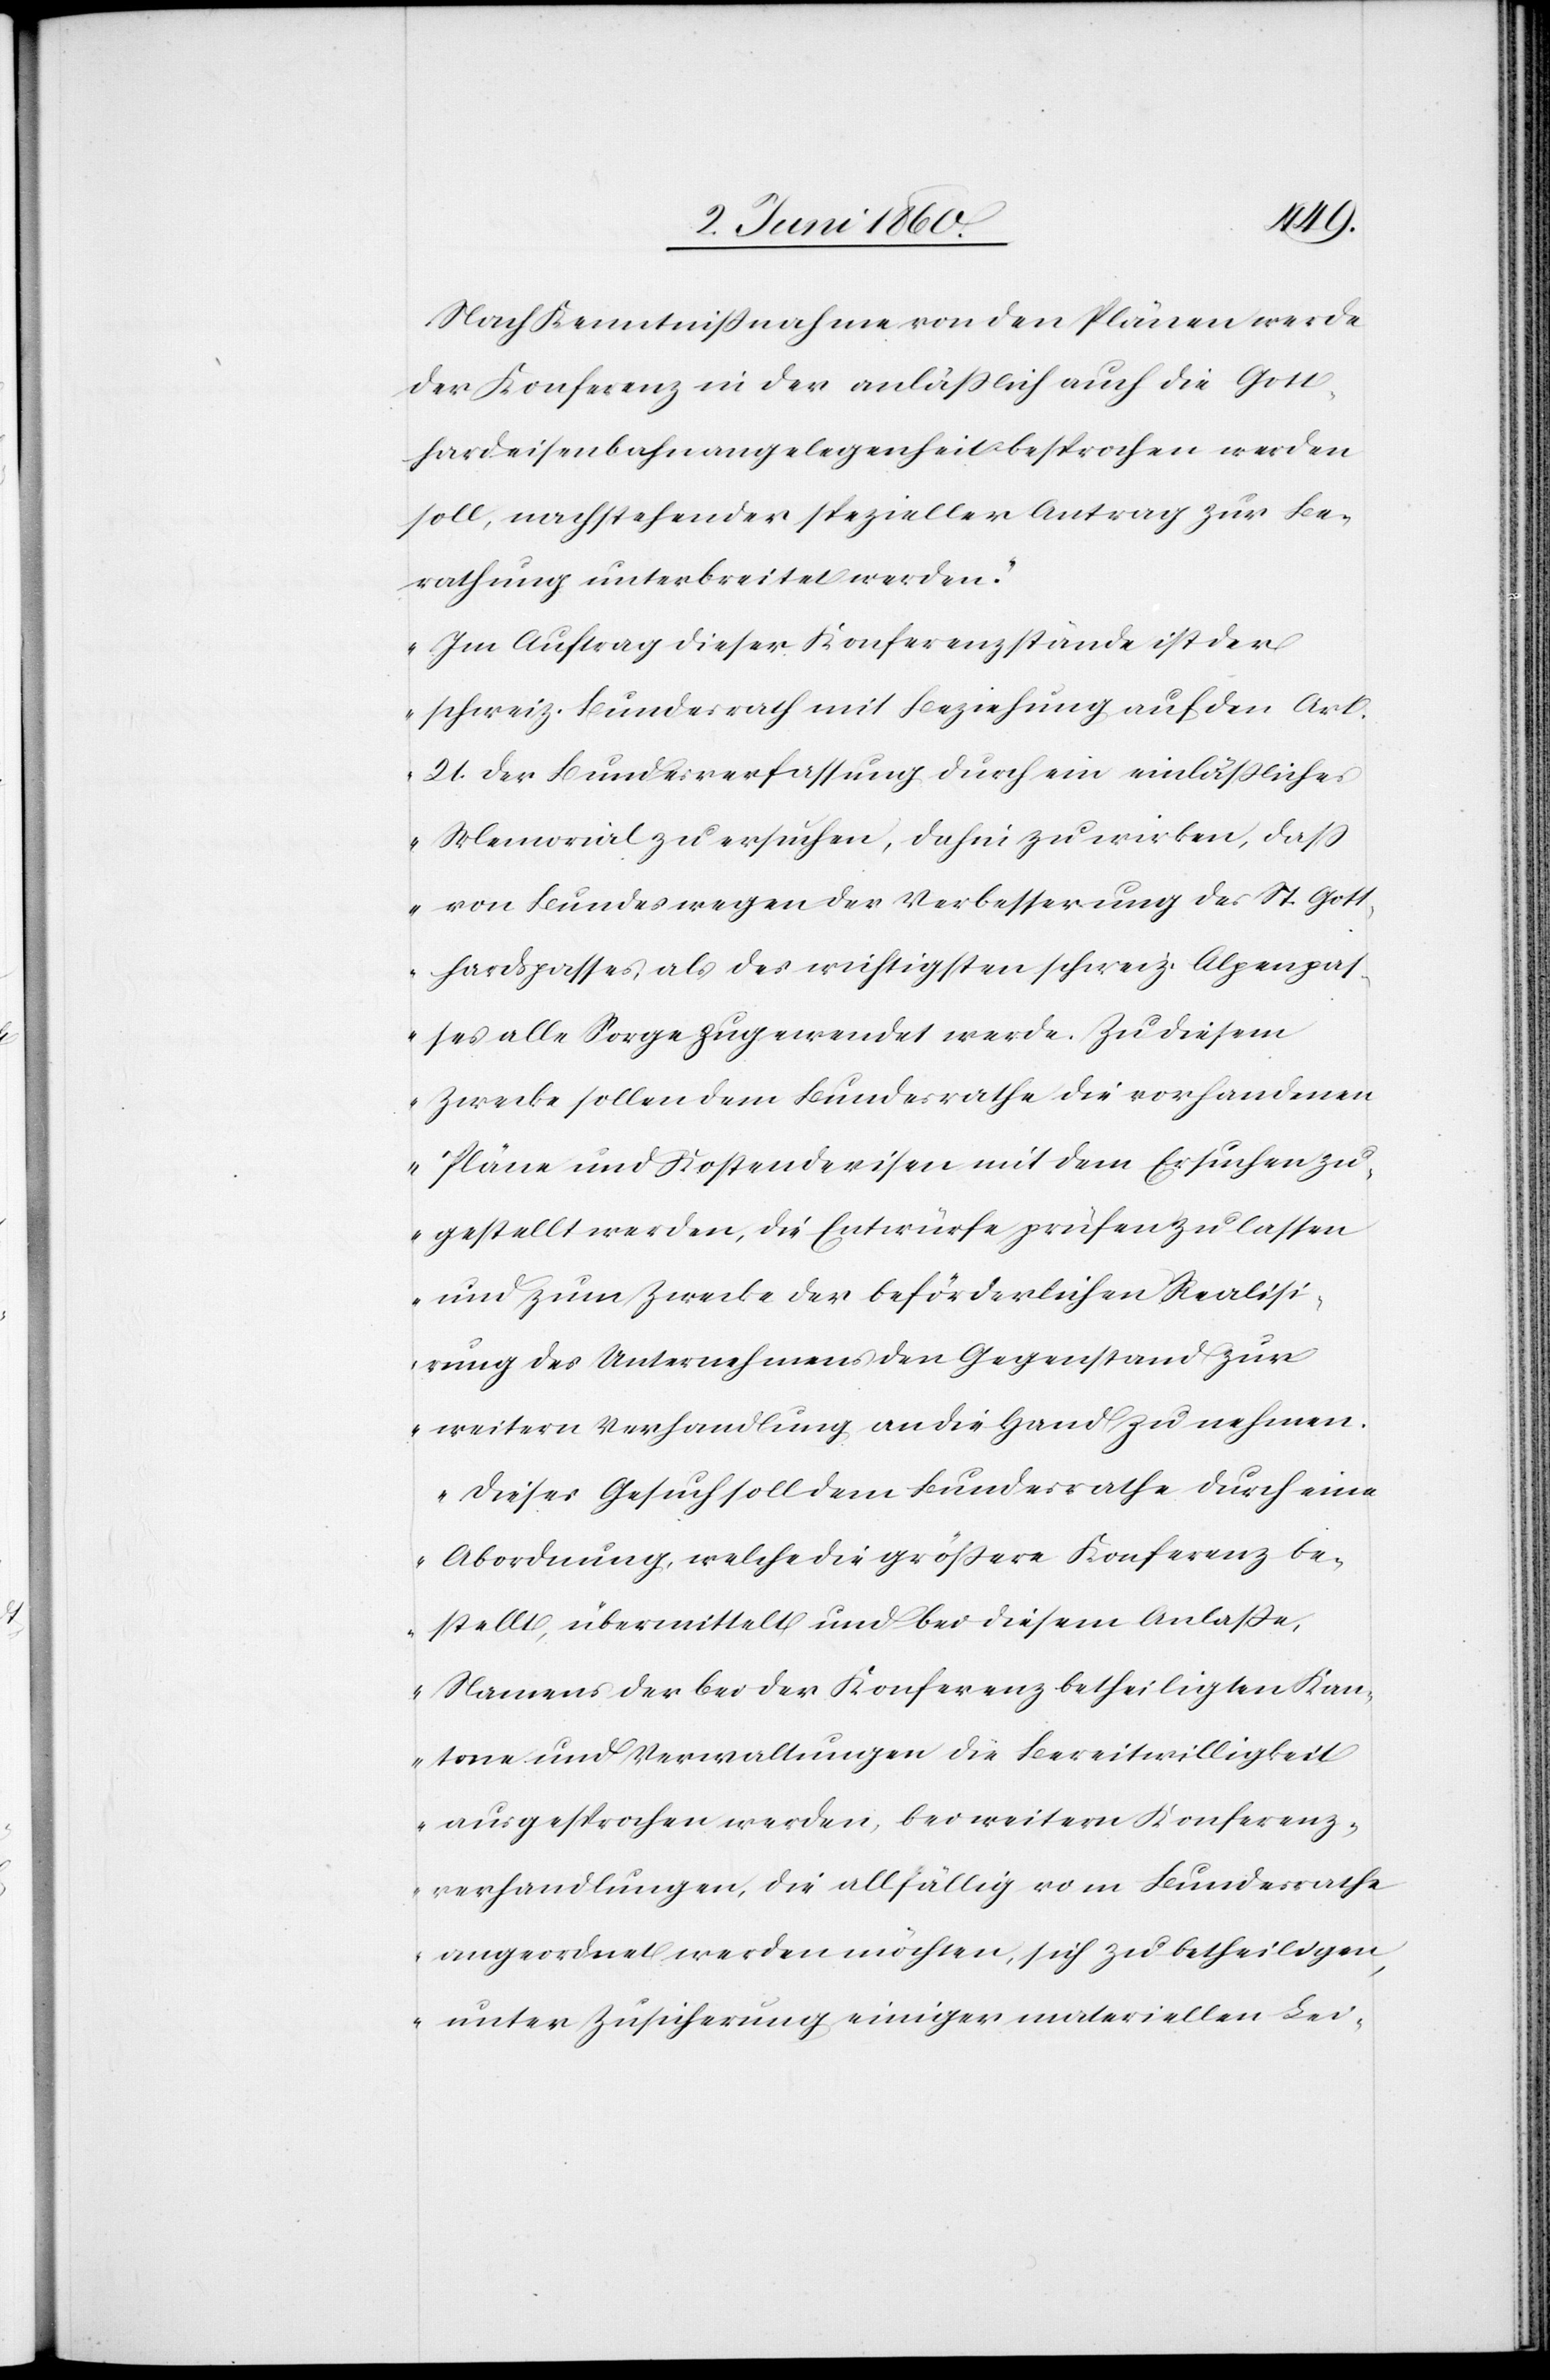
[„]Nach Kenntnissnahme von den Plänen werde
der Konferenz in der anläßlich auch die Gott¬
hardeisenbahnangelegenheit besprochen werden
soll, nachstehender spezieller Antrag zur Be¬
rathung unterbreitet werden.
Im Auftrag dieser Konferenzstände ist der
schweiz. Bundesrath mit Beziehung auf den Art.
21. der Bundesverfassung durch ein einläßliches
Memorial zu ersuchen, dahin zu wirken, daß
von Bundeswegen der Verbesserung des St. Gott¬
hardpasses, als des wichtigsten schweiz. Alpenpas¬
ses alle Sorge zugewendet werde. Zu diesem
Zwecke sollen dem Bundesrathe die vorhandenen
Pläne und Kostendevisen mit dem Ersuchen zu¬
gestellt werden, die Entwürfe prüfen zu lassen
um zum Zwecke der beförderlichen Realisi¬
rung des Unternehmens den Gegenstand zur
weitern Verhandlung an die Hand zu nehmen.
Dieses Gesuch soll dem Bundesrathe durch eine
Abordnung, welche die grössere Konferenz be¬
stellt, übermittelt und bei diesem Anlasse,
Namens der bei der Konferenz betheiligten Kan¬
tone und Verwaltungen die Bereitwilligkeit
ausgesprochen werden, bei weitern Konferenz¬
verhandlungen, die allfällig vom Bundesrathe
angeordnet werden möchten, sich zu betheiligen,
unter Zusicherung einiger materiellen Lei-